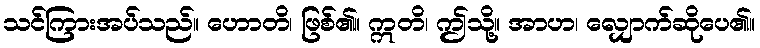
သင်ကြားအပ်သည်။ ဟောတိ၊ ဖြစ်၏။ ဣတိ၊ ဤသို့။ အာဟ၊ လျှောက်ဆိုပေ၏။